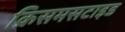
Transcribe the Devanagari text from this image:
क्रिसमसटाइड